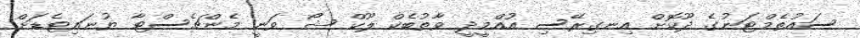
ސައުތެމްޓަނުގެ ދޫކޮށް އިނގިރޭސި އުއްމީދީ ވާތުބެކް ލޫކް ޝޯ ވަނީ މެންޗެސްޓާ ޔުނައިޓެޑަށް